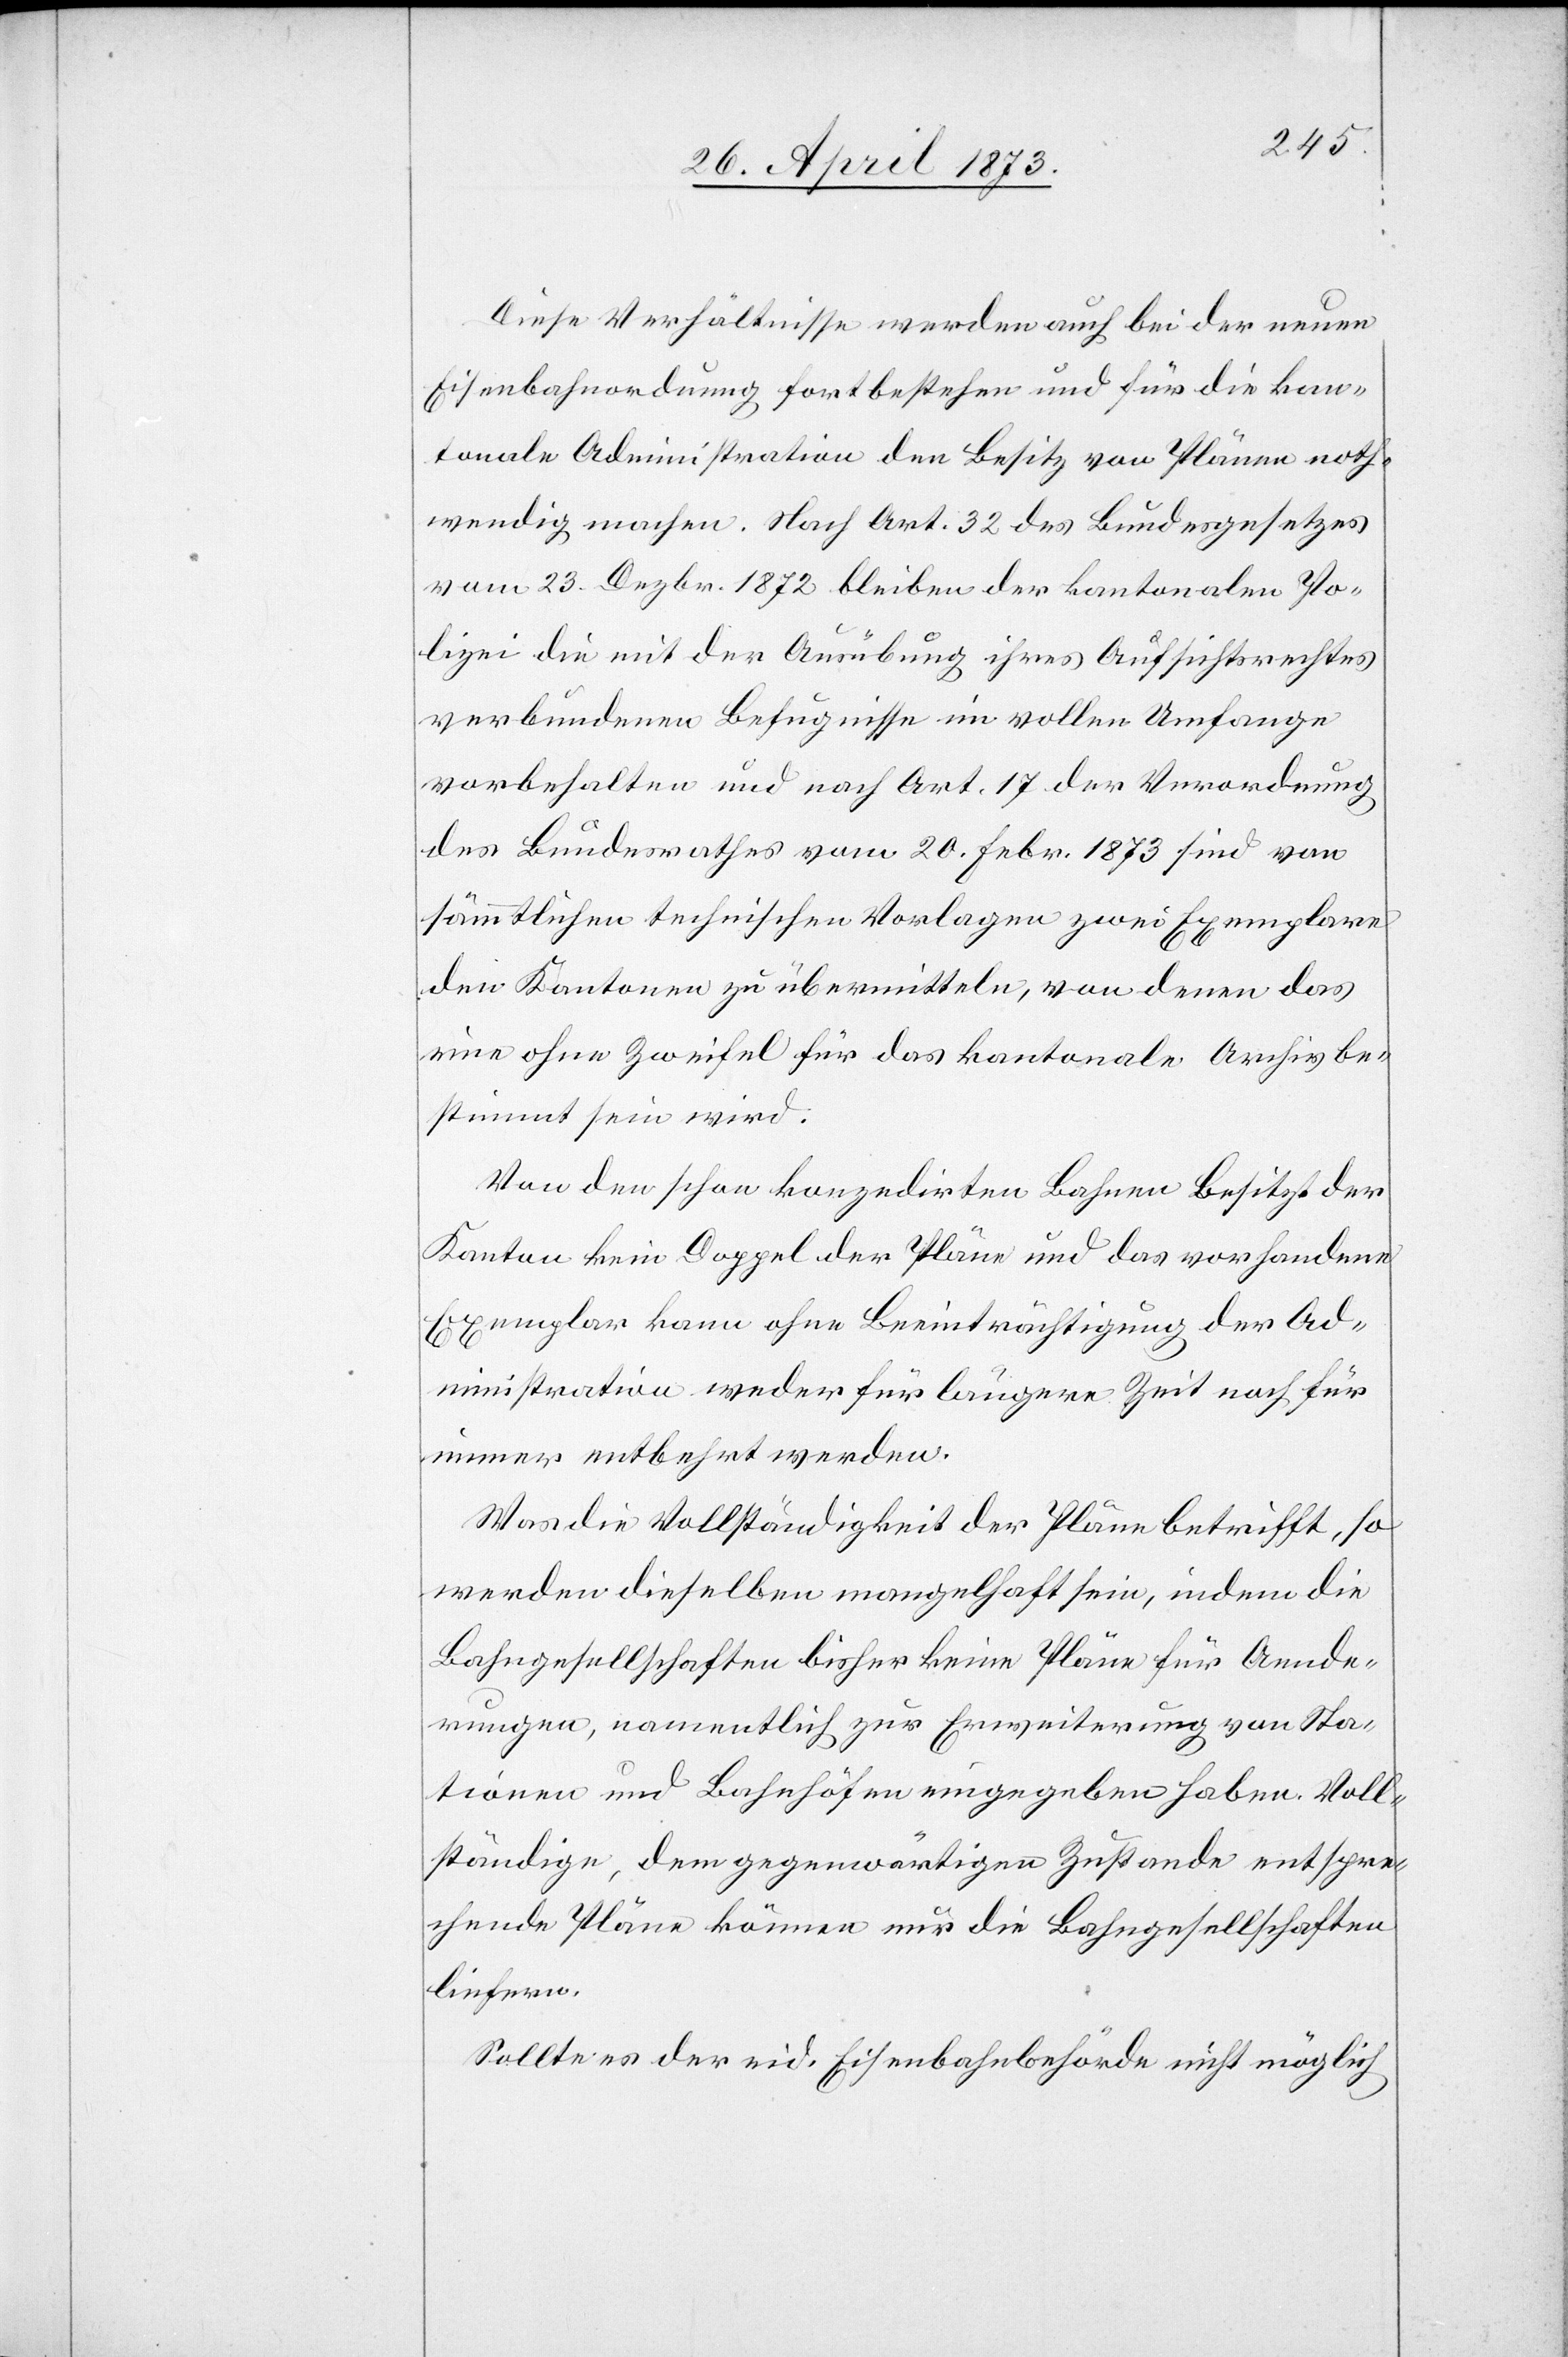
Diese Verhältnisse werden auch bei der neuen
Eisenbahnordnung fortbestehen und für die kan¬
tonale Administration den Besitz von Plänen noth¬
wendig machen. Nach Art. 32 des Bundesgesetzes
vom 23. Dezbr. 1872 bleiben der kantonalen Po¬
lizei die mit der Ausübung ihres Aufsichtsrechtes
verbundenen Befugnisse im vollen Umfange
vorbehalten und nach Art. 17 der Verordnung
des Bundesrathes vom 20. Febr. 1873 sind von
sämmtlichen technischen Vorlagen zwei Exemplare
den Kantonen zu übermitteln, von denen das
eine ohne Zweifel für das kantonale Archiv be¬
stimmt sein wird.
Von den schon konzedirten Bahnen besitzt der
Kanton kein Doppel der Pläne und das vorhandene
Exemplar kann ohne Beeinträchtigung der Ad¬
ministration weder für längere Zeit noch für
immer entbehrt werden.
Was die Vollständigkeit der Pläne betrifft, so
werden dieselben mangelhaft sein, indem die
Bahngesellschaften bisher keine Pläne für Aende¬
rungen, namentlich zur Erweiterung von Sta¬
tionen und Bahnhöfen eingegeben haben. Voll¬
ständige, dem gegenwärtigen Zustande entspre¬
chende Pläne können nur die Bahngesellschaften
liefern.
Sollte es der eid. Eisenbahnbehörde nicht möglich